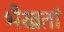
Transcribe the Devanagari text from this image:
भैखतां